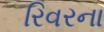
રિવરના